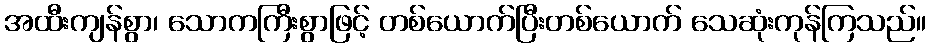
အထီးကျန်စွာ၊ သောကကြီးစွာဖြင့် တစ်ယောက်ပြီးတစ်ယောက် သေဆုံးကုန်ကြသည်။